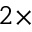
2 \times